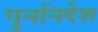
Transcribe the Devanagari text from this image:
पुननिर्देश